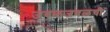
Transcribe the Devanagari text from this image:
जवळजवळची